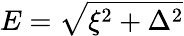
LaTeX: E=\sqrt{\xi^{2}+\Delta^{2}}